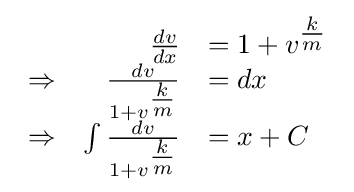
{\begin{array}{lrl}&{\frac {dv}{dx}}&=1+v^{\tfrac {k}{m}}\\\Rightarrow &{\frac {dv}{1+v^{\tfrac {k}{m}}}}&=dx\\\Rightarrow &\int {\frac {dv}{1+v^{\tfrac {k}{m}}}}&=x+C\end{array}}